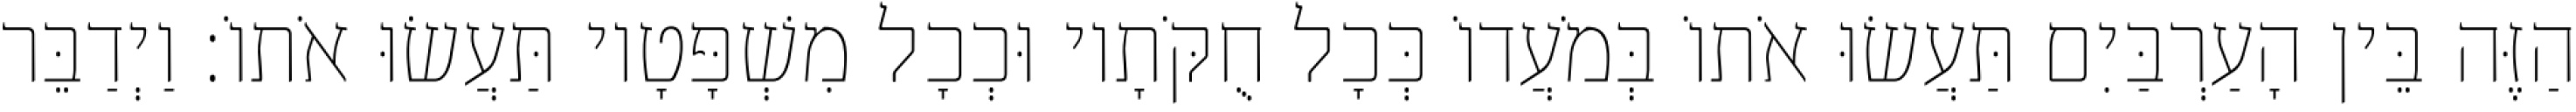
הַזֶּה בֵּין הָעַרְבַּיִם תַּעֲשׂוּ אֹתוֹ בְּמֹעֲדוֹ כְּכָל חֻקֹּתָיו וּכְכָל מִשְׁפָּטָיו תַּעֲשׂוּ אֹתוֹ׃ וַיְדַבֵּר